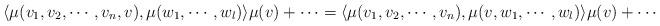
LaTeX: \begin{align*}\langle \mu ( v_1,v_2, \cdots, v_n, v), \mu (w_1, \cdots, w_l) \rangle \mu(v) +\cdots =\langle \mu ( v_1,v_2, \cdots, v_n), \mu (v, w_1, \cdots, w_l) \rangle \mu (v) + \cdots \, \end{align*}